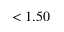
< 1 . 5 0